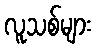
လူသစ်များ